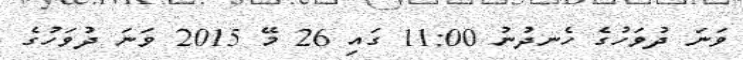
ވަނަ ދުވަހުގެ ހެނދުނު 11:00 ގައި 26 މޭ 2015 ވަނަ ދުވަހުގެ